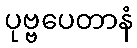
ပုဗ္ဗပေတာနံ